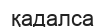
қадалса